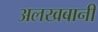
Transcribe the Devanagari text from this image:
अलखबानी